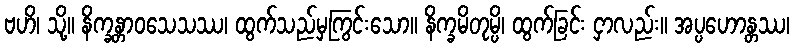
ဗဟိ၊ သို့။ နိက္ခန္တာဝသေသဿ၊ ထွက်သည်မှကြွင်းသော။ နိက္ခမိတုမ္ပိ၊ ထွက်ခြင်း ငှာလည်း။ အပ္ပဟောန္တဿ၊